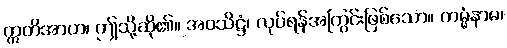
ဣတိအာဟ၊ ဤသို့ဆို၏။ အဝသိဋ္ဌံ၊ လုပ်ရန်အကြွင်းဖြစ်သော။ ကမ္မံနာမ၊